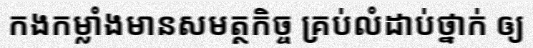
កងកម្លាំងមានសមត្ថកិច្ច គ្រប់លំដាប់ថ្នាក់ ឲ្យ